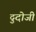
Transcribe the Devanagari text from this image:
दुदोजी